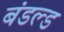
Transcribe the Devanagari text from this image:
बंडल्ड